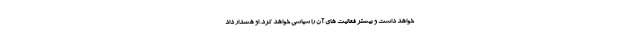
خواهد داشت و بیشتر فعالیت های آن را سیاسی خواهد کرد. او هشدار داد